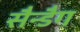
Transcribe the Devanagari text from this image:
सैन्डैग